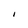
Character: I